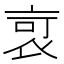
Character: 𧙃